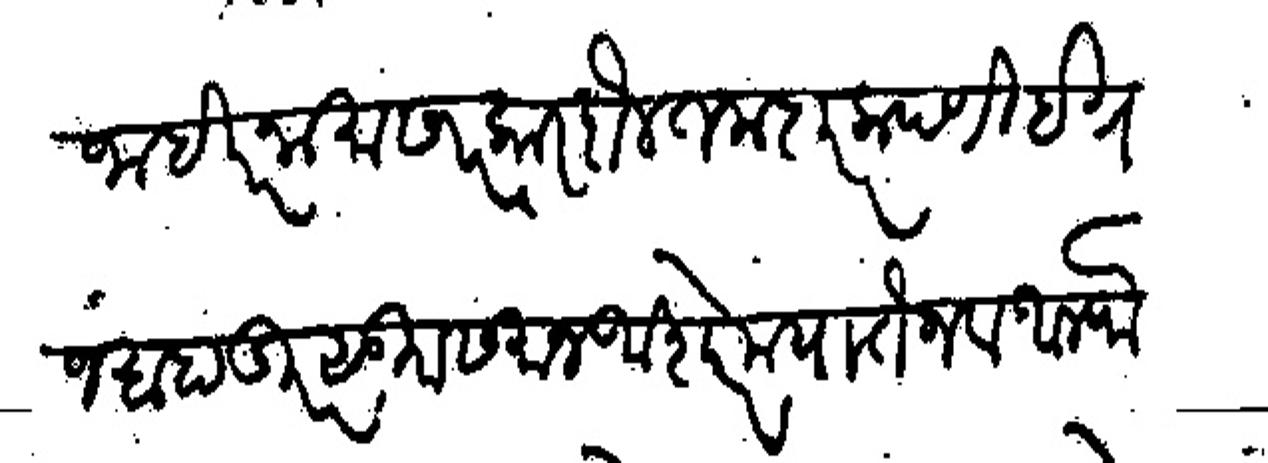
Transliteration (Devanagari): जाहीरनामा सरकार दौलत मदार कंपणी इंग्रज बहादूर सु समान अशेर मयातैन व अलफै